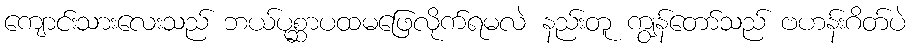
ကျောင်းသားလေးသည် ဘယ်ပုစ္ဆာပထမဖြေလိုက်ရမလဲ နည်းတူ ကျွန်တော်သည် ဗဟန်းဂိတ်ပဲ